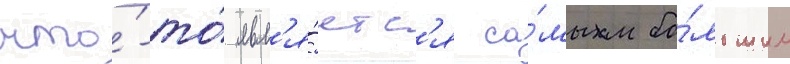
что́-то́ явл'я́етс'я са́мым бо́льшим